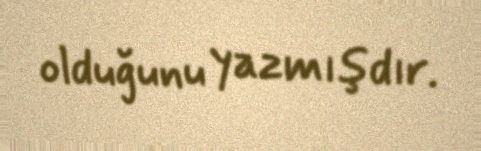
olduğunu yazmışdır.